Report on sanitation, dispensaries, and jails in Rajputana for 1914, and on vaccination for the year 1914-1915 - 1914-1915
Year: 1914
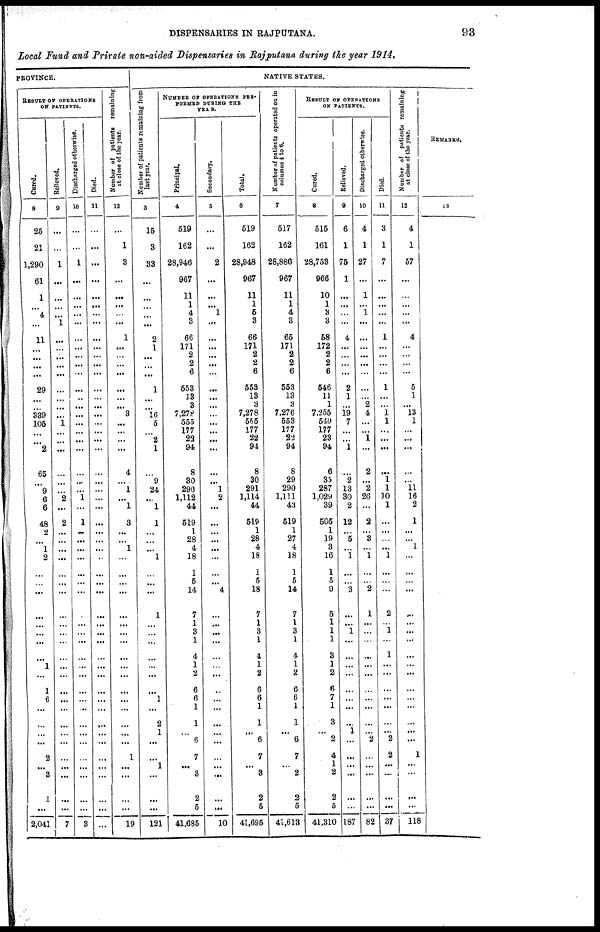
DISPENSARIES IN RAJPUTANA.
93
Local Fund and Private non-aided Dispensaries in Rajputana during the year 1914.
PROVINCE.
RESULT OF OPERATIONS
ON PATIENTS.
Cur ed.
8
25
21
1,290
61
1
... 4
...
11
... ... ...
...
29
... ... 339
105
... ... 2
65
... 9
6
6
48
2
... 1
2
...
... ...
...
... ... ...
... 1
... 1
6
... ...
... ...
2
... 3
1
...
2,041
Relieved.
9
...
...
1
...
...
... ... 1
...
... ... ... ...
...
... ... ... 1
... ... ...
...
... ... 2
... 2
... ... ... ...
...
... ...
... ...
... ...
...
... ...
...
... ... ...
... ...
...
... ...
... ...
7
Discharged otherwise.
10
...
...
1
...
...
... ... ...
... ...
...
...
...
...
...
... ... ...
... ... ...
... ...
...
1
...
1
...
...
...
...
...
... ...
...
...
... ...
...
... ...
...
... ... ...
... ...
...
... ...
... ...
3
Died.
11
...
...
...
...
...
... ...
...
... ...
...
... ...
...
... ...
...
...
... ...
...
... ...
...
...
...
... ...
... ... ...
...
... ...
...
... ...
...
...
... ...
...
... ... ...
... ...
...
... ...
... ...
...
Number of patients remaining
at close of the year.
12
...
1
3
...
...
...
... ...
1
...
...
... ...
... ...
... 3
...
... ... ...
4
... 1
...
1
3
... ... 1
...
...
... ...
...
...
... ...
...
... ...
...
... ...
...
... ...
1
... ...
... ...
19
NATIVE STATES.
Number of patients remaining from
last year.
3
15
3
33
...
...
... ... ...
2
1
... ... ...
1
... ... 16
5
... 2
1
... 9
24
... 1
1
... ... ... 1
...
... ...
1
... ... ...
...
... ...
... 1
... 2
1
...
... 1
...
... ...
121
NUMBER OF OPERATIONS PER¬
FORMED DURING THE
YEAR.
Principal.
4
519
162
28,946
967
11
1
4
3
66
171
2
2
6
553
13
3
7,278
555
177
23
94
8
30
290
1,112
44
519
1
28
4
18
1
5
14
7
1
3
1
4
1
2
6
6
1
1
... 6
7
... 3
2
5
41,685
Secondary.
5
...
...
2
...
...
... 1
...
... ...
...
...
...
...
...
... ...
...
... ... ...
... ...
1
2
...
...
... ...
... ...
... ...
4
...
... ... ...
...
... ...
...
... ...
...
... ...
...
... ...
...
... 10
Total.
6
519
162
28,948
967
11
1
5
3
66
171
2
2
6
553
13
3
7,278
555
177
22
94
8
30
291
1,114
44
519
1
28
4
18
1
5
18
7
1
3
1
4
1
2
6
6
1
1
...
6
7
...
3
2
5
41,695
Number of patients operated on in
columns 4 to 6.
7
517
162
28,886
967
11
1
4
3
65
171
2
2
6
553
13
3
7,276
553
177
22
94
8
29
290
1,111
43
519
1
27
4
18
1
5
14
7
1
3
1
4
1
2
6
6
1
1
... 6
7
...
2
2
5
41,613
RESULT OF OPERATIONS
ON PATIENTS.
Cured.
8
515
161
28,753
966
10
1
3
3
58
172
2
2
6
546
11
1
7,255
549
177
23
94
6
35
287
1,029
39
505
1
19
3
16
1
5
9
5
1
1
1
3
1
2
6
7
1
3
...
2
4
1
2
2
5
41,310
Relieved.
9
6
1
75
1
...
...
...
...
4
...
...
...
...
2
1
... 19
7
... ... 1
... 2
13
30
2
12
... 5
... 1
...
... 3
... ...
1
...
... ...
...
... ...
...
... 1
...
...
...
...
...
... 187
Discharged otherwise.
10
4
1
27
...
1
...
1
...
...
...
...
...
... ...
...
2
4
...
...
1
...
2
...
2
26
...
2
... 3
...
1
...
... 2
1
...
... ...
... ...
...
... ...
...
...
... 2
... ...
...
... ...
82
Died.
11
3
1
7
...
...
...
...
...
1
...
...
...
...
1
...
... 1
1
... ...
...
... 1
1
10
1
...
...
... ...
1
...
... ...
2
... 1
... 1
...
...
...
...
...
...
...
2
2
...
...
...
...
37
Number of patients remaining
at close of the year.
12
4
1
57
...
...
...
...
...
4
...
...
... ...
5
1
...
13
1
...
...
...
... ...
11
16
2
1
... ...
1
...
...
...
...
... ...
...
...
...
...
...
...
... ...
...
...
...
1
...
...
...
... 118
REMARKS.
13